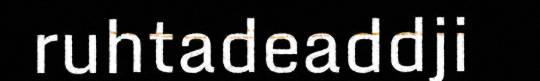
ruhtadeaddji